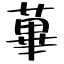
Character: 蓽